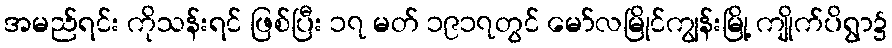
အမည်ရင်း ကိုသန်းရင် ဖြစ်ပြီး ၁၇ မတ် ၁၉၁၇တွင် မော်လမြိုင်ကျွန်းမြို့ ကျိုက်ပိရွာ၌